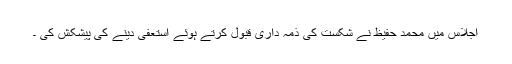
اجلاس میں محمد حفیظ نے شکست کی ذمہ داری قبول کرتے ہوئے استعفیٰ دینے کی پیشکش کی ۔